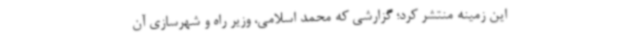
این زمینه منتشر کرد؛ گزارشی که محمد اسلامی، وزیر راه و شهرسازی آن